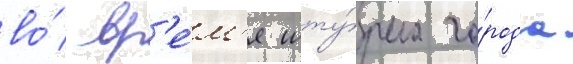
во́ вр'е́м'я шту́рма го́рода